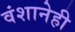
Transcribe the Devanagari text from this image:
वंशानेही